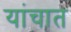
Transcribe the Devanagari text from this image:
यांचात